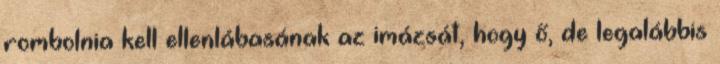
rombolnia kell ellenlábasának az imázsát, hogy ő, de legalábbis